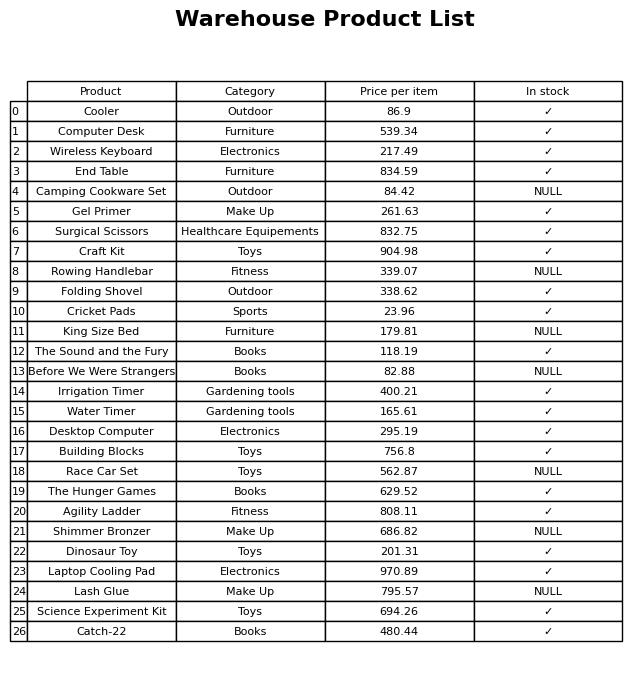
question: Which products are currently out of stock?
answer: Camping Cookware Set, Rowing Handlebar, King Size Bed, Before We Were Strangers, Race Car Set, Shimmer Bronzer, Lash Glue